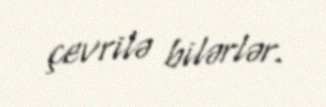
çevrilə bilərlər.